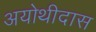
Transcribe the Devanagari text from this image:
अयोथीदास